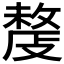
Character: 𢿍